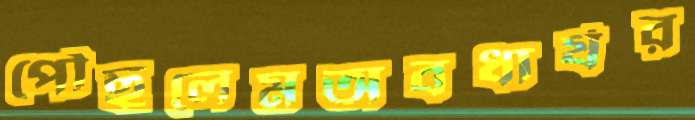
পৌঁছলেমঅবধার্যর